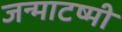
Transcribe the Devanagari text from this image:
जन्माटष्मी